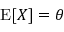
\operatorname { E } [ X ] = \theta